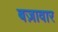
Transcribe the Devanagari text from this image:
बज़ावार